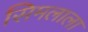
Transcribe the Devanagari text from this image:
सिमलाला